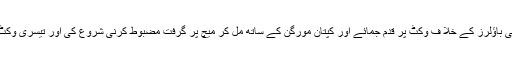
لیکن ایک دفعہ پھر جوروٹ نے پاکستانی باؤلرز کے خلا ف وکٹ پر قدم جمائے اور کپتان مورگن کے ساتھ مِل کر میچ پر گرفت مضبوط کرنی شروع کی اور تیسری وکٹ کی رفاقت میں 112رنز کا اضافہ کیا۔